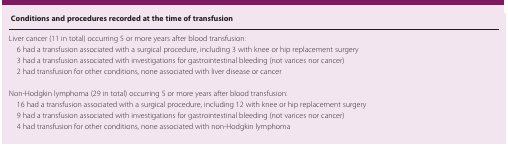
| Conditions and procedures recorded at the time of transfusion |
 | --- |
 | Liver cancer (11 in total) occurring 5 or more years after blood transfusion: |
 | 6 had a transfusion associated with a surgical procedure, including 3 with knee or hip replacement surgery |
 | 3 had a transfusion associated with investigations for gastrointestinal bleeding (not varices nor cancer) |
 | 2 had transfusion for other conditions, none associated with liver disease or cancer |
 | Non-Hodgkin lymphoma (29 in total) occurring 5 or more years after blood transfusion: |
 | 16 had a transfusion associated with a surgical procedure, including 12 with knee or hip replacement surgery |
 | 9 had a transfusion associated with investigations for gastrointestinal bleeding (not varices nor cancer) |
 | 4 had transfusion for other conditions, none associated with non-Hodgkin lymphoma |